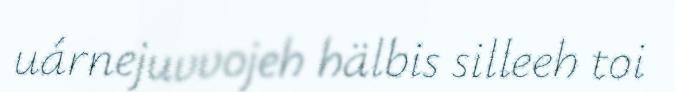
uárnejuvvojeh hälbis silleeh toi